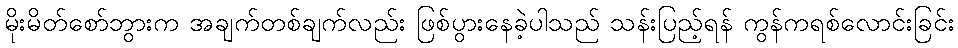
မိုးမိတ်စော်ဘွားက အချက်တစ်ချက်လည်း ဖြစ်ပွားနေခဲ့ပါသည် သန်းပြည့်ရန် ကွန်ကရစ်လောင်းခြင်း